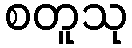
စတူသု